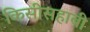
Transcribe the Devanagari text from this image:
किसीसहाबी